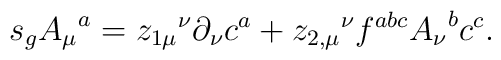
s_g{A_\mu}^a = {z_{1\mu}}^\nu \partial_\nu c^a         + {z_{2,\mu}}^\nu f^{abc}{A_\nu}^b c^c.